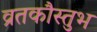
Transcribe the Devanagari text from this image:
व्रतकौस्तुभ